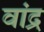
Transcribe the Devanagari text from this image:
वांद्र